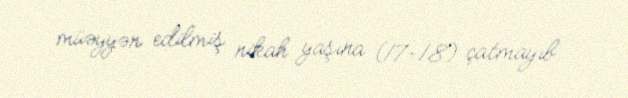
müəyyən edilmiş nikah yaşına (17-18) çatmayıb.